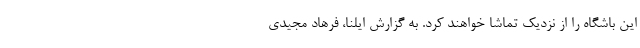
این باشگاه را از نزدیک تماشا خواهند کرد. به گزارش ایلنا، فرهاد مجیدی